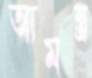
আমন্ত্র